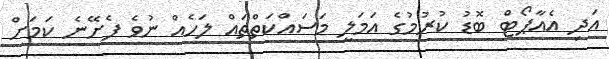
އަދި އެއާޕޯޓް ބޮޑު ކުރުމުގެ އަމަލީ މަސައްކަތްތައް ލަހެއް ނުވެ ފެށޭނެ ކަމަށް